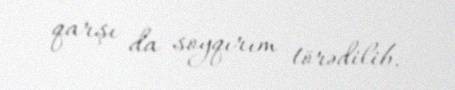
qarşı da soyqırım törədilib.